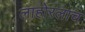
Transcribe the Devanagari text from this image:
लाहोरलाच